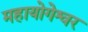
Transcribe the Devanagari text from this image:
महायोगेश्वर